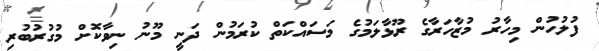
ފުލުހުން މިހާރު މުޒާހަރާގެ ރޫޅާލަމުގެ މަސައްކަތް ކުރަމުން ދަނީ މޫނު ނިވާކޮށް މުގުރުބުރި